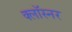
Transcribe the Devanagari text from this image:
क्लॉस्नर